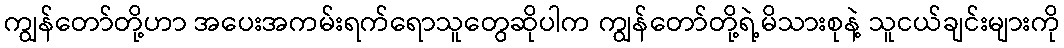
ကျွန်တော်တို့ဟာ အပေးအကမ်းရက်ရောသူတွေဆိုပါက ကျွန်တော်တို့ရဲ့မိသားစုနဲ့ သူငယ်ချင်းများကို